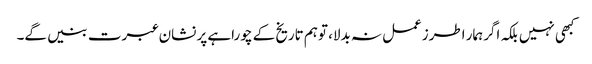
کبھی نہیں بلکہ اگرہمار اطرزعمل نہ بدلا، توہم تاریخ کے چوراہے پر نشان عبرت بنیں گے۔